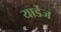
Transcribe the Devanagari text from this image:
यार्डेज